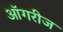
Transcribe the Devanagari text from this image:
ऑगरीज